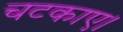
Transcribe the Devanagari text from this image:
चटकाए।